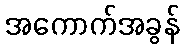
အကောက်အခွန်